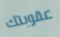
عقوبتك